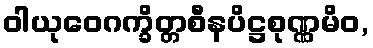
ဝါယုဝေဂက္ခိတ္တစီနပိဋ္ဌစုဏ္ဏမိဝ,